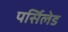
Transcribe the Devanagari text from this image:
पर्सिलेड